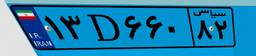
۲۲D۷۵۲۶۴